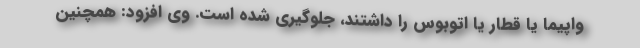
واپیما یا قطار یا اتوبوس را داشتند، جلوگیری شده است. وی افزود: همچنین